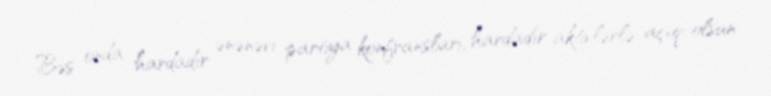
Bəs onda hardadır ənənəvi partiya konfransları, hardadır aktivlərlə açıq-olsun